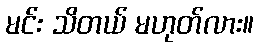
မင်း သိတယ် မဟုတ်လား။